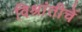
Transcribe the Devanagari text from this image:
विश्रांतीचें